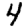
Digit: 4